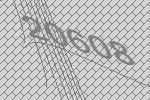
20608